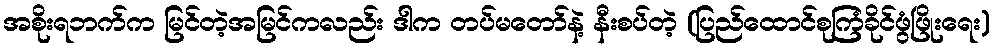
အစိုးရဘက်က မြင်တဲ့အမြင်ကလည်း ဒါက တပ်မတော်နဲ့ နီးစပ်တဲ့ (ပြည်ထောင်စုကြံခိုင်ဖွံဖြိုးရေး)